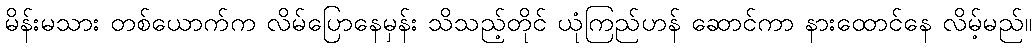
မိန်းမသား တစ်ယောက်က လိမ်ပြောနေမှန်း သိသည့်တိုင် ယုံကြည်ဟန် ဆောင်ကာ နားထောင်နေ လိမ့်မည်။